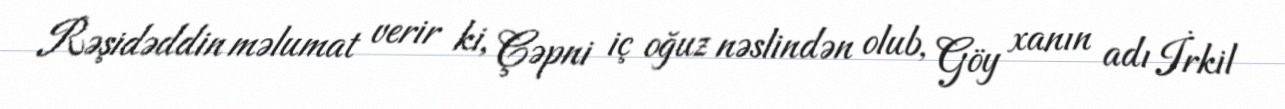
Rəşidəddin məlumat verir ki, Çəpni iç oğuz nəslindən olub, Göy xanın adı İrkil